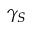
\gamma _ { S }